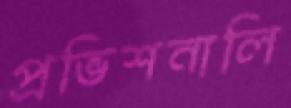
প্রভিশনালি